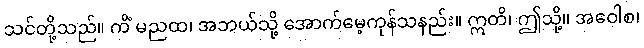
သင်တို့သည်။ ကိံ မညထ၊ အဘယ်သို့ အောက်မေ့ကုန်သနည်း။ ဣတိ၊ ဤသို့။ အဝေါစ၊